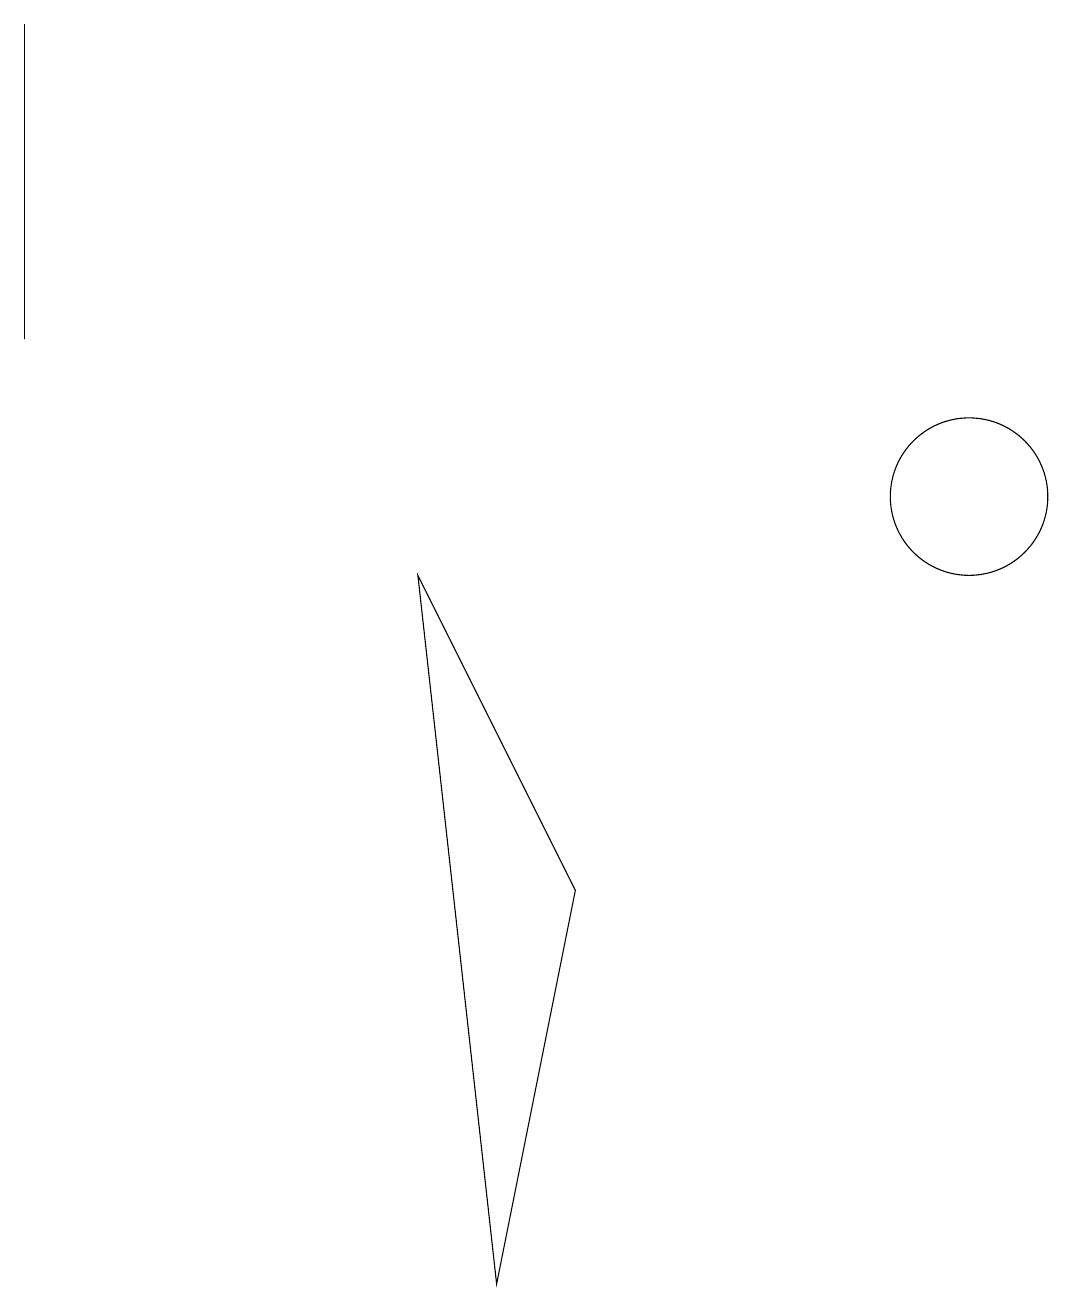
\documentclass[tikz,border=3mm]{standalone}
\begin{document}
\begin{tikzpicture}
\draw (5,9) -- (6,0) -- (7,5) -- cycle;
\draw (12,10) circle (1);
\draw (0,12) rectangle (0,16);
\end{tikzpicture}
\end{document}